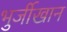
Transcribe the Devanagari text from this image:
भुर्जीखान